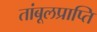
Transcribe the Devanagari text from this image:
तांबूलप्राप्ति